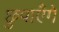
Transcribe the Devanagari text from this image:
छुपाएँगे